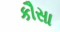
કૌસા